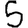
Digit: 5